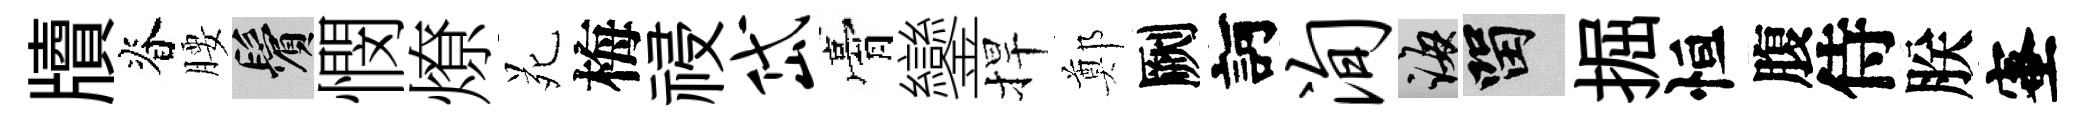
牘脊腰鬢憫燎苑梅祲岱膏鑾捍鄭劂訶洵誨留掘恒腹侍朕蜜